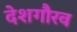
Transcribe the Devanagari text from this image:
देशगौरव